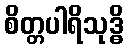
စိတ္တပါရိသုဒ္ဓိ